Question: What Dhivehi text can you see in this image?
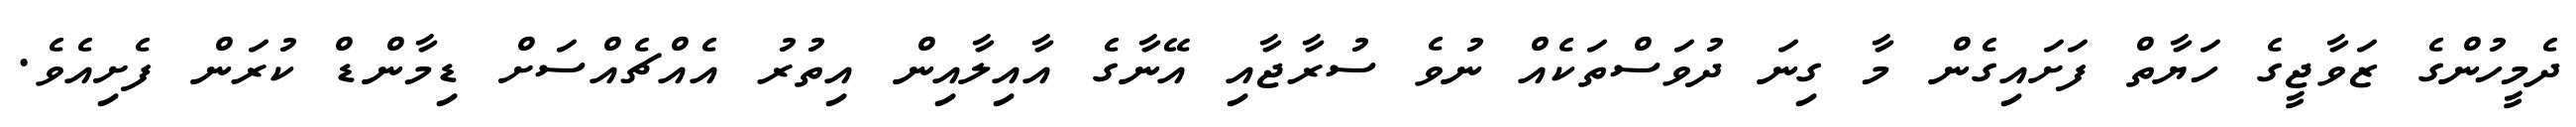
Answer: ދެމީހުންގެ ޒަވާޖީގެ ހަޔާތް ފަށައިގެން މާ ގިނަ ދުވަސްތަކެއް ނުވެ ސުރާޖާއި އޭނާގެ އާއިލާއިން އިތުރު އެއްޗެއްސަށް ޑިމާންޑް ކުރަން ފެށިއެވެ.